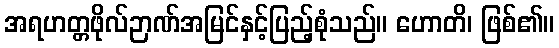
အရဟတ္တဖိုလ်ဉာဏ်အမြင်နှင့်ပြည့်စုံသည်။ ဟောတိ၊ ဖြစ်၏။